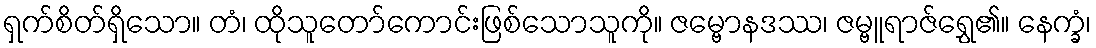
ရှက်စိတ်ရှိသော။ တံ၊ ထိုသူတော်ကောင်းဖြစ်သောသူကို။ ဇမ္ဗောနဒဿ၊ ဇမ္ဗူရာဇ်ရွှေ၏။ နေက္ခံ၊